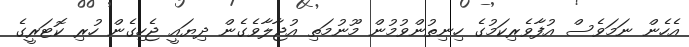
އެހެން ނަމަވެސް އުފާވެރިކަމުގެ ހިނިތުންވުމުން މޫނުމަތި އުޖާލާވެގެން ދިޔައީ ޖެހިގެން ހުރި ކޮޓަރީގެ